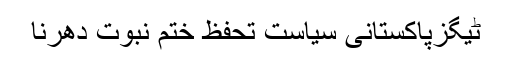
ٹیگزپاکستانی سیاست تحفظ ختم نبوت دھرنا